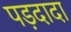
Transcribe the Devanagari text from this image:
पड़दादा